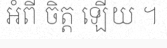
អំពី ចិត្ត ឡើយ ។